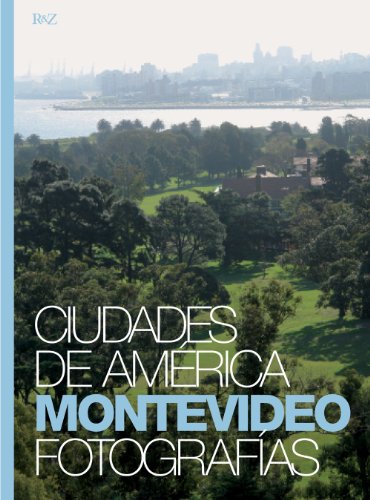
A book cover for Montevideo, Uruguay (English and Spanish Edition); Facundo de Zuviria(photographer); Travel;